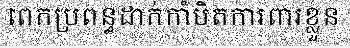
ពេកប្រពន្ធដាក់កាំបិតការពារខ្លួន